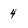
Character: 4